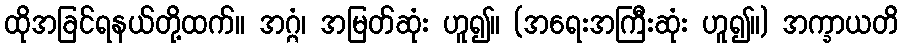
ထိုအခြင်ရနယ်တို့ထက်။ အဂ္ဂံ၊ အမြတ်ဆုံး ဟူ၍။ (အရေးအကြီးဆုံး ဟူ၍။) အက္ခာယတိ